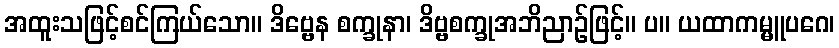
အထူးသဖြင့်စင်ကြယ်သော။ ဒိဗ္ဗေန စက္ခုနာ၊ ဒိဗ္ဗစက္ခုအဘိညာဉ်ဖြင့်။ ပ။ ယထာကမ္မူပဂေ၊